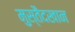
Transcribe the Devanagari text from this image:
मुस्तैदखान